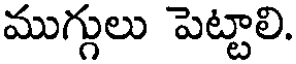
ముగ్గులు పెట్టాలి.